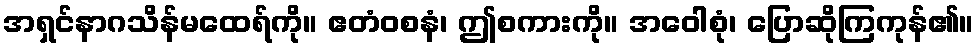
အရှင်နာဂသိန်မထေရ်ကို။ ဧတံဝစနံ၊ ဤစကားကို။ အဝေါစုံ၊ ပြောဆိုကြကုန်၏။